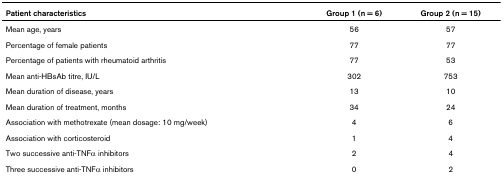
<table><thead><tr><td><b>Patient characteristics</b></td><td><b>Group 1 (n = 6)</b></td><td><b>Group 2 (n = 15)</b></td></tr></thead><tbody><tr><td>Mean age, years</td><td>56</td><td>57</td></tr><tr><td>Percentage of female patients</td><td>77</td><td>77</td></tr><tr><td>Percentage of patients with rheumatoid arthritis</td><td>77</td><td>53</td></tr><tr><td>Mean anti-HBsAb titre, IU/L</td><td>302</td><td>753</td></tr><tr><td>Mean duration of disease, years</td><td>13</td><td>10</td></tr><tr><td>Mean duration of treatment, months</td><td>34</td><td>24</td></tr><tr><td>Association with methotrexate (mean dosage: 10 mg/week)</td><td>4</td><td>6</td></tr><tr><td>Association with corticosteroid</td><td>1</td><td>4</td></tr><tr><td>Two successive anti-TNFα inhibitors</td><td>2</td><td>4</td></tr><tr><td>Three successive anti-TNFα inhibitors</td><td>0</td><td>2</td></tr></tbody></table>